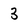
Character: 3